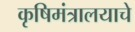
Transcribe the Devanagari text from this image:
कृषिमंत्रालयाचे